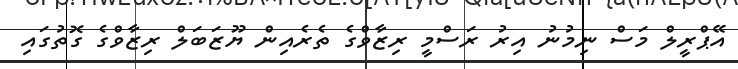
އޭޕްރީލް މަސް ނިމުނު އިރު ރަސްމީ ރިޒާވްގެ ތެރެއިން ޔޫޒަބަލް ރިޒާވްގެ ގޮތުގައި